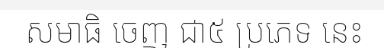
សមាធិ ចេញ ជា៥ ប្រភេទ នេះ